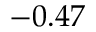
- 0 . 4 7